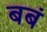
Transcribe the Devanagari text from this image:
बबं